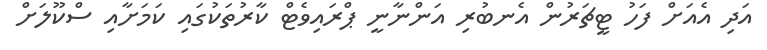
އަދި އެއަށް ފަހު ޓީޗަރުން އެނބުރި އަންނާނީ ޕްރައިވެޓް ކާރުތަކުގައި ކަމަށާއި ސްކޫލަށް